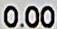
0.00